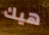
هيك